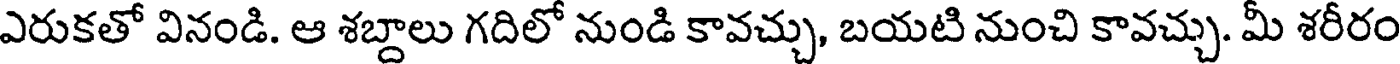
ఎరుకతో వినండి. ఆ శబ్దాలు గదిలో నుండి కావచ్చు, బయటి నుంచి కావచ్చు. మీ శరీరం